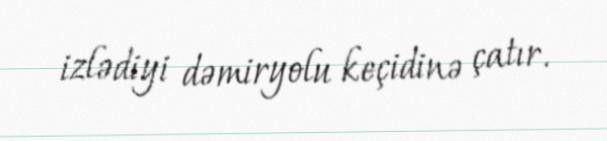
izlədiyi dəmiryolu keçidinə çatır.